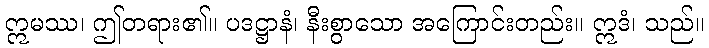
ဣမဿ၊ ဤတရား၏။ ပဒဋ္ဌာနံ၊ နီးစွာသော အကြောင်းတည်း။ ဣဒံ၊ သည်။